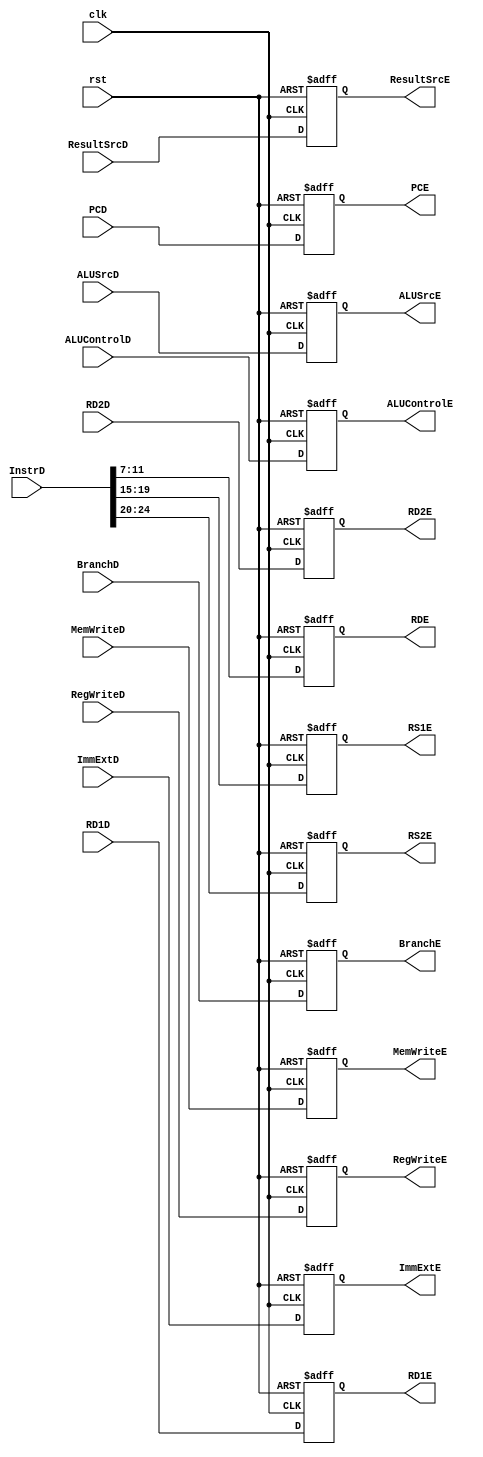
`timescale 1ns / 1ps
//////////////////////////////////////////////////////////////////////////////////
// Company: 
// Engineer: 
// 
// Design Name: 
// Module Name: REG_2
// Project Name: 
// Target Devices: 
// Tool Versions: 
// Description: 
// 
// Dependencies: 
// 
// Revision:
// Revision 0.01 - File Created
// Additional Comments:
// 
//////////////////////////////////////////////////////////////////////////////////
module REG_2(
    input clk,rst,
    input BranchD, ResultSrcD, MemWriteD, RegWriteD,ALUSrcD,
    input [3:0] ALUControlD,
    input [31:0] RD1D,RD2D,
    input [31:0] ImmExtD,
    input [31:0] PCD,
    input [31:0] InstrD,
    output reg BranchE, ResultSrcE, MemWriteE, RegWriteE, ALUSrcE,
    output reg [3:0] ALUControlE,
    output reg [4:0] RS1E, RS2E, RDE,
    output reg [31:0] RD1E, RD2E,
    output reg [31:0] ImmExtE,
    output reg [31:0] PCE 
);

    always @(posedge clk or posedge rst) begin
        if (rst) begin
            BranchE <= 0;
            ResultSrcE <= 0;
            MemWriteE <= 0;
            RegWriteE <= 0;
            ALUSrcE <= 0;
            ALUControlE <= 0;
            RS1E <= 0;
            RS2E <= 0;
            RDE <= 0;
            RD1E <= 0;
            RD2E <= 0;
            ImmExtE <= 0;
            PCE <= 0;       
        end else begin
            BranchE <= BranchD;
            ResultSrcE <= ResultSrcD;
            MemWriteE <= MemWriteD;
            RegWriteE <= RegWriteD;
            ALUSrcE <= ALUSrcD;
            ALUControlE <= ALUControlD;
            RS1E <= InstrD[19:15];
            RS2E <= InstrD[24:20];
            RDE <= InstrD[11:7];
            RD1E <= RD1D;
            RD2E <= RD2D;
            ImmExtE <= ImmExtD;
            PCE <= PCD; 
        end
    end
endmodule